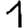
Digit: 1